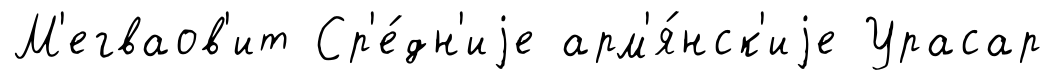
М'егваов'ит Ср'е́дн'иjе арм'я́нск'иjе Урасар